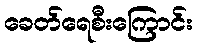
ခေတ်ရေစီးကြောင်း